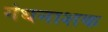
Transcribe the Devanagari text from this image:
गंधनाशक